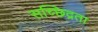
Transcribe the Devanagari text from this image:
सच्छिद्रता